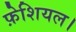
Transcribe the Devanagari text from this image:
फ़ेशियल।